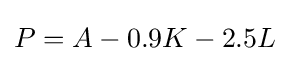
P=A-0.9K-2.5L